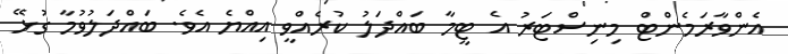
އެންވާރަމެންޓް މިނިސްޓަރު އެ ޓީމާ ބައްދަލު ކުރެއްވީ އިއްޔެ އެވެ. ބައްދަލުވުމާ ގުޅޭ